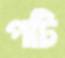
পটি